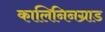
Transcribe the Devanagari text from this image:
कालिनिनग्राड